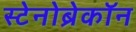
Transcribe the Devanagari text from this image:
स्टेनोब्रेकॉन